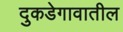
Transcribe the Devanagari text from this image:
दुकडेगावातील